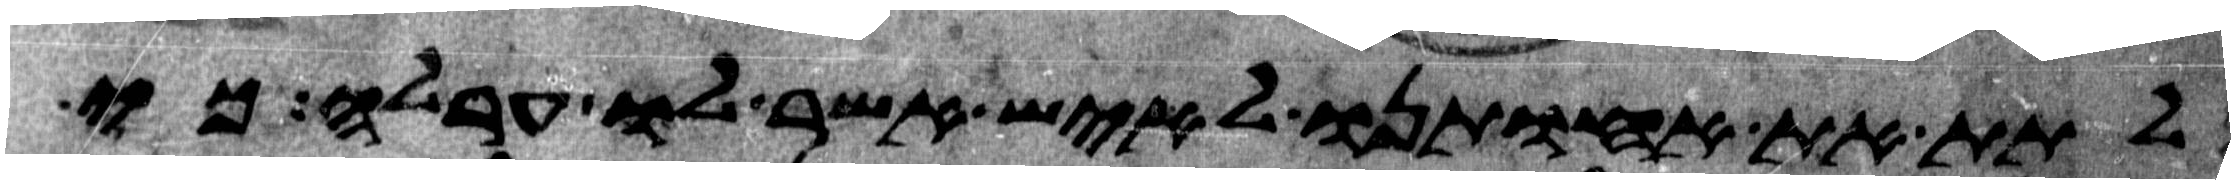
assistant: לתת את אחותנו לאיש אשר לו ערלה כי